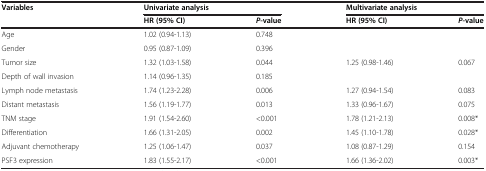
<table><thead><tr><td rowspan="2"><b>Variables</b></td><td colspan="2"><b>Univariate analysis</b></td><td colspan="2"><b>Multivariate analysis</b></td></tr><tr><td><b>HR (95% CI)</b></td><td><b><i>P</i>-value</b></td><td><b>HR (95% CI)</b></td><td><b><i>P</i>-value</b></td></tr></thead><tbody><tr><td>Age</td><td>1.02 (0.94-1.13)</td><td>0.748</td><td></td><td></td></tr><tr><td>Gender</td><td>0.95 (0.87-1.09)</td><td>0.396</td><td></td><td></td></tr><tr><td>Tumor size</td><td>1.32 (1.03-1.58)</td><td>0.044</td><td>1.25 (0.98-1.46)</td><td>0.067</td></tr><tr><td>Depth of wall invasion</td><td>1.14 (0.96-1.35)</td><td>0.185</td><td></td><td></td></tr><tr><td>Lymph node metastasis</td><td>1.74 (1.23-2.28)</td><td>0.006</td><td>1.27 (0.94-1.54)</td><td>0.083</td></tr><tr><td>Distant metastasis</td><td>1.56 (1.19-1.77)</td><td>0.013</td><td>1.33 (0.96-1.67)</td><td>0.075</td></tr><tr><td>TNM stage</td><td>1.91 (1.54-2.60)</td><td>&lt;0.001</td><td>1.78 (1.21-2.13)</td><td>0.008*</td></tr><tr><td>Differentiation</td><td>1.66 (1.31-2.05)</td><td>0.002</td><td>1.45 (1.10-1.78)</td><td>0.028*</td></tr><tr><td>Adjuvant chemotherapy</td><td>1.25 (1.06-1.47)</td><td>0.037</td><td>1.08 (0.87-1.29)</td><td>0.154</td></tr><tr><td>PSF3 expression</td><td>1.83 (1.55-2.17)</td><td>&lt;0.001</td><td>1.66 (1.36-2.02)</td><td>0.003*</td></tr></tbody></table>